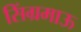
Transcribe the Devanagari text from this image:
सिंग्रमाऊ